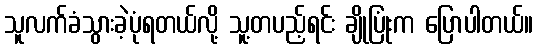
သူလက်ခံသွားခဲ့ပုံရတယ်လို့ သူ့တပည့်ရင်း ချိုပြုံးက ပြောပါတယ်။